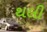
થલી